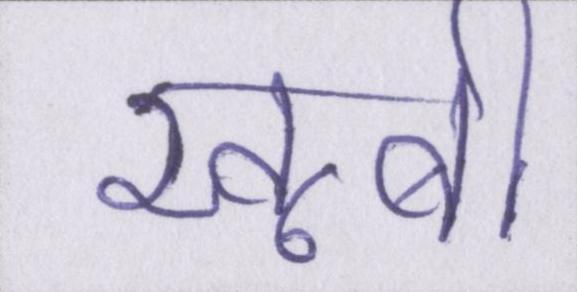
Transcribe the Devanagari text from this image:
खूबी